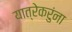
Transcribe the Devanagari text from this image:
यात्रेकरुंना